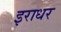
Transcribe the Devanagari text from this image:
इराधर